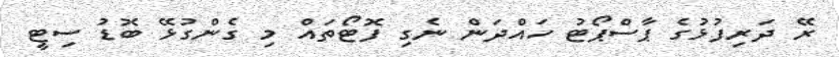
ރޭ ދަރިފުޅުގެ ޕާސްޕޯޓު ހައްދަން ނެގި ފޮޓޯތައް މި ގެންގުޅޭ ބޮޑު ސިޓީ